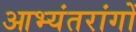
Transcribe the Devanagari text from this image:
आभ्यंतरांगों